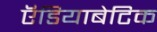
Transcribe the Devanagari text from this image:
ऍडियाबेटिक